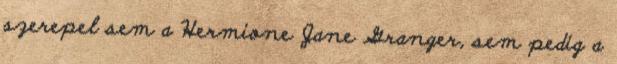
szerepel sem a Hermione Jane Granger, sem pedig a